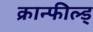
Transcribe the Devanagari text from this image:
क्रान्फील्ड्